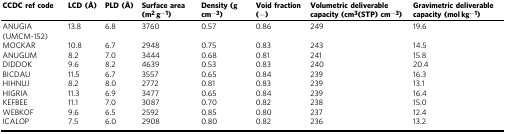
<table><thead><tr><td><b>CCDC ref code</b></td><td><b>LCD (Å)</b></td><td><b>PLD (Å)</b></td><td><b>Surface area (m<sup>2</sup> g<sup>−1</sup>)</b></td><td><b>Density (g cm<sup>−3</sup>)</b></td><td><b>Void fraction (−)</b></td><td><b>Volumetric deliverable capacity (cm<sup>3</sup>(STP) cm<sup>−3</sup>)</b></td><td><b>Gravimetric deliverable capacity (mol kg<sup>−1</sup>)</b></td></tr></thead><tbody><tr><td>ANUGIA(UMCM-152)</td><td>13.8</td><td>6.8</td><td>3760</td><td>0.57</td><td>0.86</td><td>249</td><td>19.6</td></tr><tr><td>MOCKAR</td><td>10.8</td><td>6.7</td><td>2948</td><td>0.75</td><td>0.83</td><td>243</td><td>14.5</td></tr><tr><td>ANUGUM</td><td>8.2</td><td>7.0</td><td>3444</td><td>0.68</td><td>0.81</td><td>241</td><td>15.8</td></tr><tr><td>DIDDOK</td><td>9.6</td><td>8.2</td><td>4639</td><td>0.53</td><td>0.83</td><td>240</td><td>20.4</td></tr><tr><td>BICDAU</td><td>11.5</td><td>6.7</td><td>3557</td><td>0.65</td><td>0.84</td><td>239</td><td>16.3</td></tr><tr><td>HIHNUJ</td><td>8.2</td><td>8.0</td><td>2772</td><td>0.81</td><td>0.83</td><td>239</td><td>13.1</td></tr><tr><td>HIGRIA</td><td>11.3</td><td>6.9</td><td>3477</td><td>0.65</td><td>0.84</td><td>239</td><td>16.4</td></tr><tr><td>KEFBEE</td><td>11.1</td><td>7.0</td><td>3087</td><td>0.70</td><td>0.82</td><td>238</td><td>15.0</td></tr><tr><td>WEBKOF</td><td>9.6</td><td>6.5</td><td>2592</td><td>0.85</td><td>0.80</td><td>237</td><td>12.4</td></tr><tr><td>ICALOP</td><td>7.5</td><td>6.0</td><td>2908</td><td>0.80</td><td>0.82</td><td>236</td><td>13.2</td></tr></tbody></table>